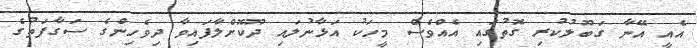
އެއީ އޭނާ ގަބޫލުކުރި ގޮތުގައި އެއްވެސް މީހަކު އަޅާނުލައި ދޫކޮށްލާފައިވާ ދިވެހިންގެ ސަގާފަތުގެ